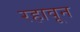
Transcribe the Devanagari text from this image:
रहावून